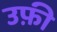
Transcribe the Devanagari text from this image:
उफ़ी